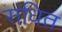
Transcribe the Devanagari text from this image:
संधित